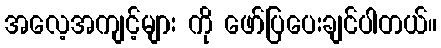
အလေ့အကျင့်များ ကို ဖော်ပြပေးချင်ပါတယ်။